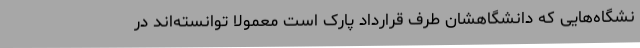
نشگاه‌هایی که دانشگاهشان طرف قرارداد پارک است معمولا توانسته‌اند در